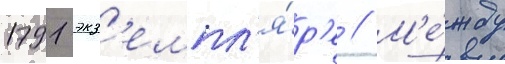
1791 экз'емпл'я́р'е // М'е́жду